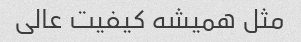
مثل همیشه کیفیت عالی